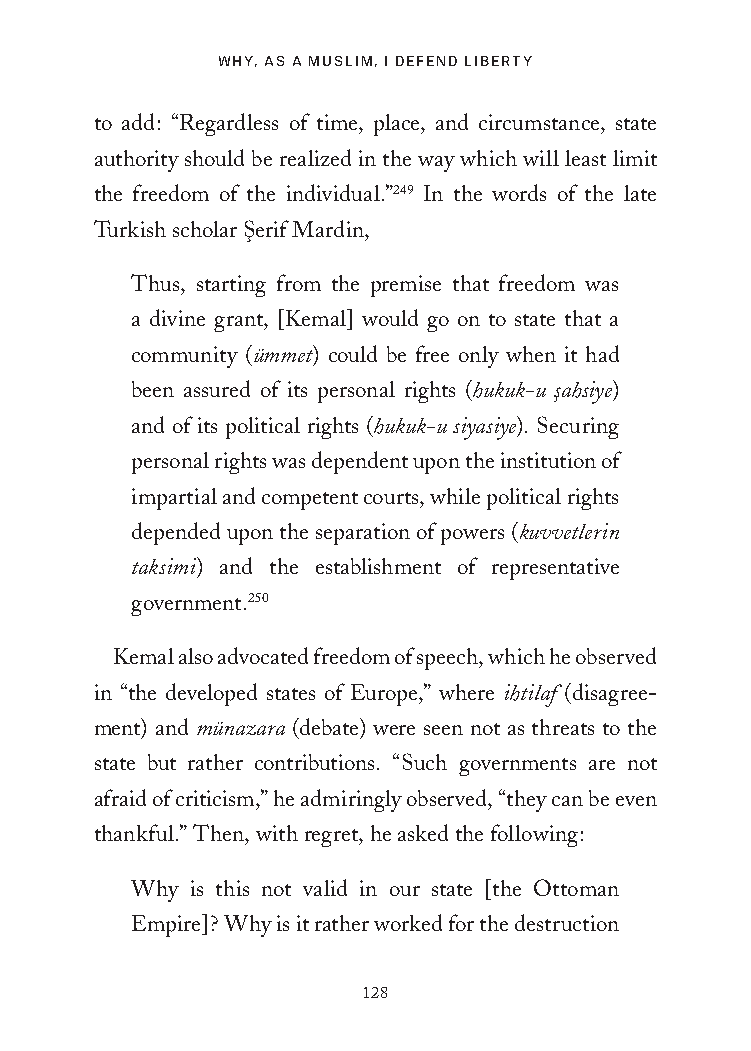
WHY, AS A MUSLIM, I DEFEND LIBERTY
 to add: “Regardless of time, place, and circumstance, state
 authority should be realized in the way which will least limit
 the freedom of the individual.”249 In the words of the late
 Turkish scholar S¸erif Mardin,
 Thus, starting from the premise that freedom was
 a divine grant, [Kemal] would go on to state that a
 community (ümmet) could be free only when it had
 been assured of its personal rights (hukuk-u s¸ahsiye)
 and of its political rights (hukuk-u siyasiye). Securing
 personal rights was dependent upon the institution of
 impartial and competent courts, while political rights
 depended upon the separation of powers (kuvvetlerin
 taksimi) and the establishment of representative
 government.250
 Kemal also advocated freedom of speech, which he observed
 in “the developed states of Europe,” where ihtilaf (disagree-
 ment) and münazara (debate) were seen not as threats to the
 state but rather contributions. “Such governments are not
 afraid of criticism,” he admiringly observed, “they can be even
 thankful.” Then, with regret, he asked the following:
 Why is this not valid in our state [the Ottoman
 Empire]? Why is it rather worked for the destruction
 128
 25320_Ch08.indd 128                     24/06/2021 9:36 AM